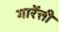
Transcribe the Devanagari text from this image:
गारेंत्ती